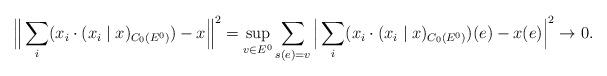
LaTeX: \begin{align*}\Big\|\sum_{i} (x_i \cdot (x_i \mid x)_{C_0(E^0)}) - x\Big\|^2 = \sup_{v \in E^0} \sum_{s(e)= v}\Big|\sum_{i} (x_i \cdot (x_i \mid x)_{C_0(E^0)}) (e) - x(e)\Big|^2 \to 0.\end{align*}